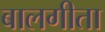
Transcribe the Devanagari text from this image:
बालगीता